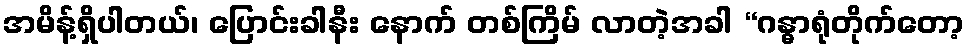
အမိန့်ရှိပါတယ်၊ ပြောင်းခါနီး နောက် တစ်ကြိမ် လာတဲ့အခါ “ဂန္ဓာရုံတိုက်တော့